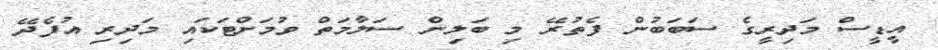
އީޑީސް މަދިރީގެ ސަބަބުން ފެތުރޭ މި ބަލިން ސަލާމަތް ވުމަށްޓަކައި މަދިރި އުފެދޭ